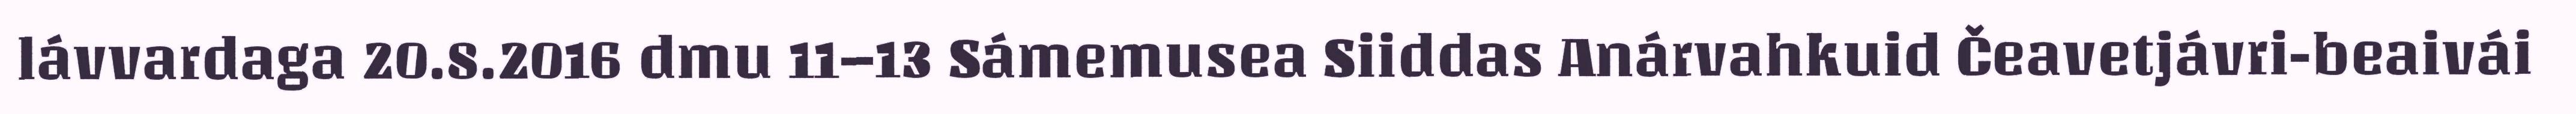
lávvardaga 20.8.2016 dmu 11–13 Sámemusea Siiddas Anárvahkuid Čeavetjávri-beaivái